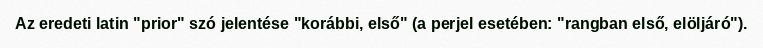
Az eredeti latin "prior" szó jelentése "korábbi, első" (a perjel esetében: "rangban első, elöljáró").